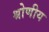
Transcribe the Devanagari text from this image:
श्रोणीय